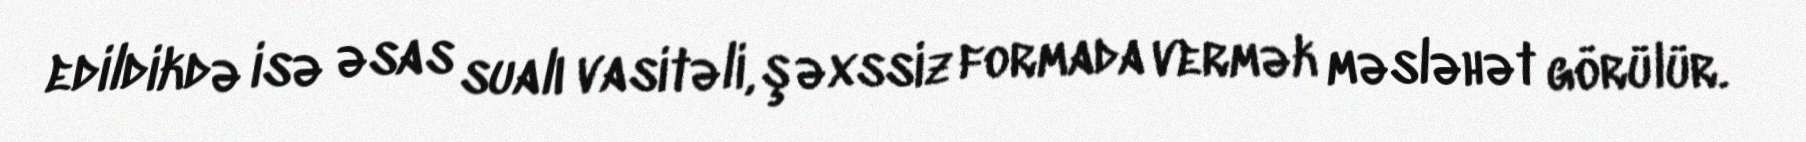
edildikdə isə əsas sualı vasitəli, şəxssiz formada vermək məsləhət görülür.